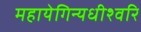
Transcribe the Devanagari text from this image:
महायेगिन्यधीश्वरि